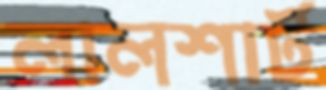
লালশার্ট